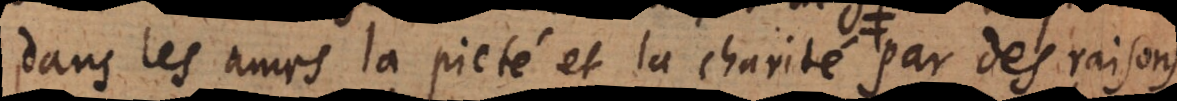
dans les ames la pieté et la charité, tant par l’education